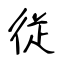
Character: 従